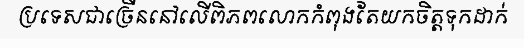
ប្រទេសជាច្រើននៅលើពិភពលោកកំពុងតែយកចិត្តទុកដាក់